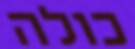
כולה